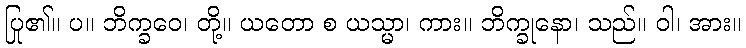
ပြု၏။ ပ။ ဘိက္ခဝေ၊ တို့။ ယတော စ ယသ္မာ၊ ကား။ ဘိက္ခုနော၊ သည်။ ဝါ၊ အား။